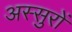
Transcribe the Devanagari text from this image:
अस्सुरों